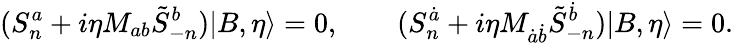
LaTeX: (S_{n}^{a}+i\eta M_{ab}\tilde{S}_{-n}^{b})|B,\eta\rangle=0,\qquad(S_{n}^{\dot{a}}+i\eta M_{\dot{a}\dot{b}}\tilde{S}_{-n}^{\dot{b}})|B,\eta\rangle=0.